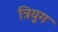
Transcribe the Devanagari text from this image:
त्रियुग